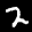
Label: 2